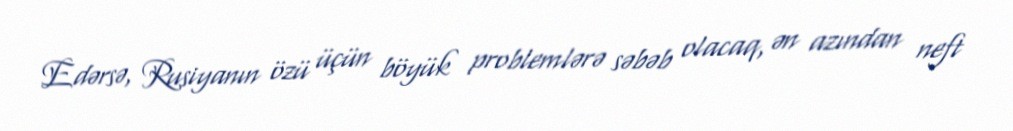
Edərsə, Rusiyanın özü üçün böyük problemlərə səbəb olacaq, ən azından neft